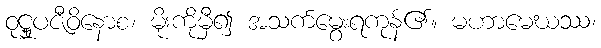
ဝုဋ္ဌူပဇီဝိနောစ၊ မိုးကိုမှီ၍ အသက်မွေးရကုန်၏။ မဟာမေဃဿ၊